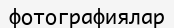
фотографиялар